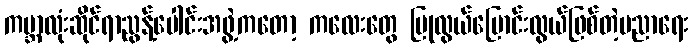
ကမ္ဘာလုံးဆိုင်ရာညွန့်ပေါင်းအဖွဲ့ကတော့ ကလေးတွေ ပြုလွယ်ပြောင်းလွယ်ဖြစ်တဲ့ပညာရေး